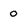
Character: o